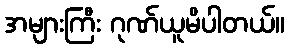
အများကြီး ဂုဏ်ယူမိပါတယ်။